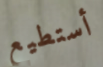
أستطيع